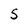
Character: S